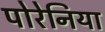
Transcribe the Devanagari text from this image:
पोरेनिया